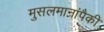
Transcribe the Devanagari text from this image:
मुसलमानांपैकी